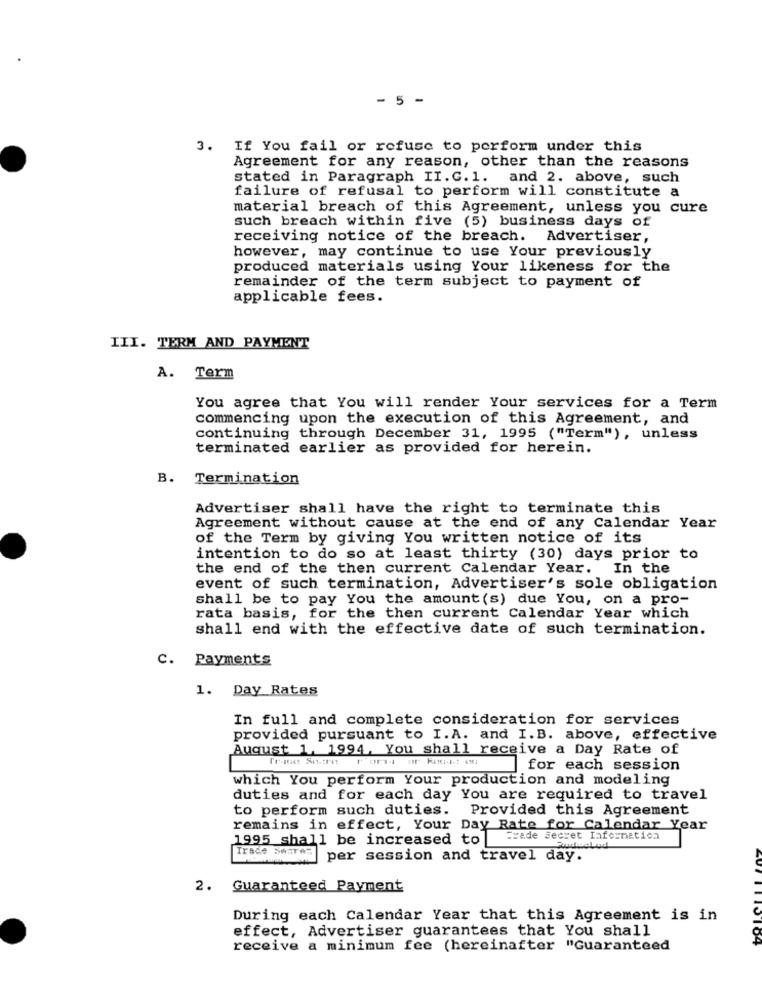
- 5 -
3. If You fail or refuse to perform under this
Agreement for any reason, other than the reasons
stated in Paragraph II. C. 1. and 2. above, such
failure of refusal to perform will constitute a
material breach of this Agreement, unless you cure
such breach within five (5) business days of
receiving notice of the breach. Advertiser,
however, may continue to use Your previously
produced materials using Your likeness for the
remainder of the term subject to payment of
applicable fees.
III. TERM AND PAYMENT
A. Term
You agree that You will render Your services for a Term
commencing upon the execution of this Agreement, and
continuing through December 31, 1995 ("Term"), unless
terminated earlier as provided for herein.
B. Termination
Advertiser shall have the right to terminate this
Agreement without cause at the end of any Calendar Year
of the Term by giving You written notice of its
intention to do so at least thirty (30) days prior to
the end of the then current Calendar Year. In the
event of such termination, Advertiser's sole obligation
shall be to pay You the amount (s) due You, on a pro-
rata basis, for the then current Calendar Year which
shall end with the effective date of such termination.
C. Payments
1. Day Rates
In full and complete consideration for services
provided pursuant to I.A. and I. B. above, effective
August 1, 1994, You shall receive a Day Rate of
for each session
which You perform Your production and modeling
duties and for each day You are required to travel
to perform such duties. Provided this Agreement
remains in effect, Your Day Rate for Calendar Year
1995 shall be increased to
Trade Secret Information
Trade Sesres
per session and travel day.
2.
Guaranteed Payment
During each Calendar Year that this Agreement is in
effect, Advertiser guarantees that You shall
04
receive a minimum fee (hereinafter "Guaranteed